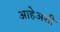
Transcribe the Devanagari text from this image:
आहेअशी